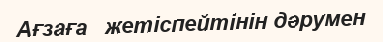
Ағзаға   жетіспейтінін дәрумен